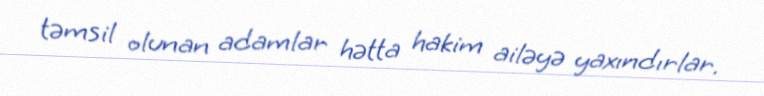
təmsil olunan adamlar hətta hakim ailəyə yaxındırlar.